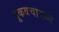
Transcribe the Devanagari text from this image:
भूकवचामध्ये